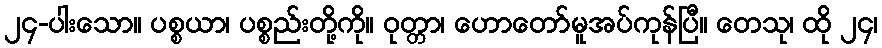
၂၄-ပါးသော။ ပစ္စယာ၊ ပစ္စည်းတို့ကို။ ဝုတ္တာ၊ ဟောတော်မူအပ်ကုန်ပြီ။ တေသု၊ ထို ၂၄၊